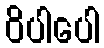
ဝိပါပေါ